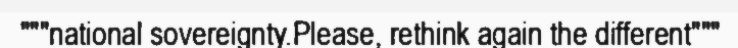
"""national sovereignty.Please, rethink again the different"""